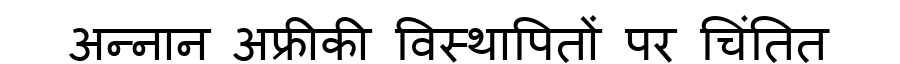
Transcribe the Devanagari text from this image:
अन्नान अफ्रीकी विस्थापितों पर चिंतित